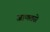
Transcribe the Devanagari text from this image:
जाणतसे